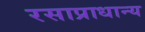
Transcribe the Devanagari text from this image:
रसाप्राधान्य